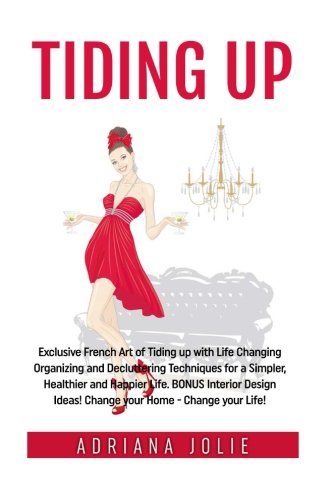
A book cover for Tiding Up: Exclusive French Art of Tiding up with Life Changing Organizing and Decluttering Techniques for a Simpler, Healthier and Happier Life. BONUS Interior Design Ideas!; Adriana Jolie; Crafts, Hobbies & Home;